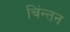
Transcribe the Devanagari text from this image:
चिंन्तन